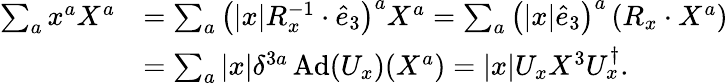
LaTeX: \begin{array}{rl}{\sum_{a}x^{a}X^{a}}&{=\sum_{a}\left(\vert x\vert R_{x}^{-1}\cdot\hat{e}_{3}\right)^{a}X^{a}=\sum_{a}\left(\vert x\vert\hat{e}_{3}\right)^{a}\left(R_{x}\cdot X^{a}\right)}\\ &{=\sum_{a}\vert x\vert\delta^{3a}\operatorname{Ad}(U_{x})(X^{a})=\vert x\vert U_{x}X^{3}U_{x}^{\dagger}.}\end{array}